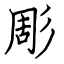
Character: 彫